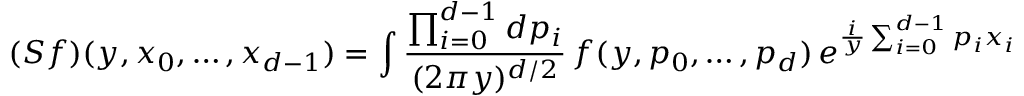
( S f ) ( y , x _ { 0 } , \dots , x _ { d - 1 } ) = \int \frac { \prod _ { i = 0 } ^ { d - 1 } d p _ { i } } { ( 2 \pi y ) ^ { d / 2 } } \, f ( y , p _ { 0 } , \dots , p _ { d } ) \, e ^ { \frac { i } { y } \sum _ { i = 0 } ^ { d - 1 } p _ { i } x _ { i } }